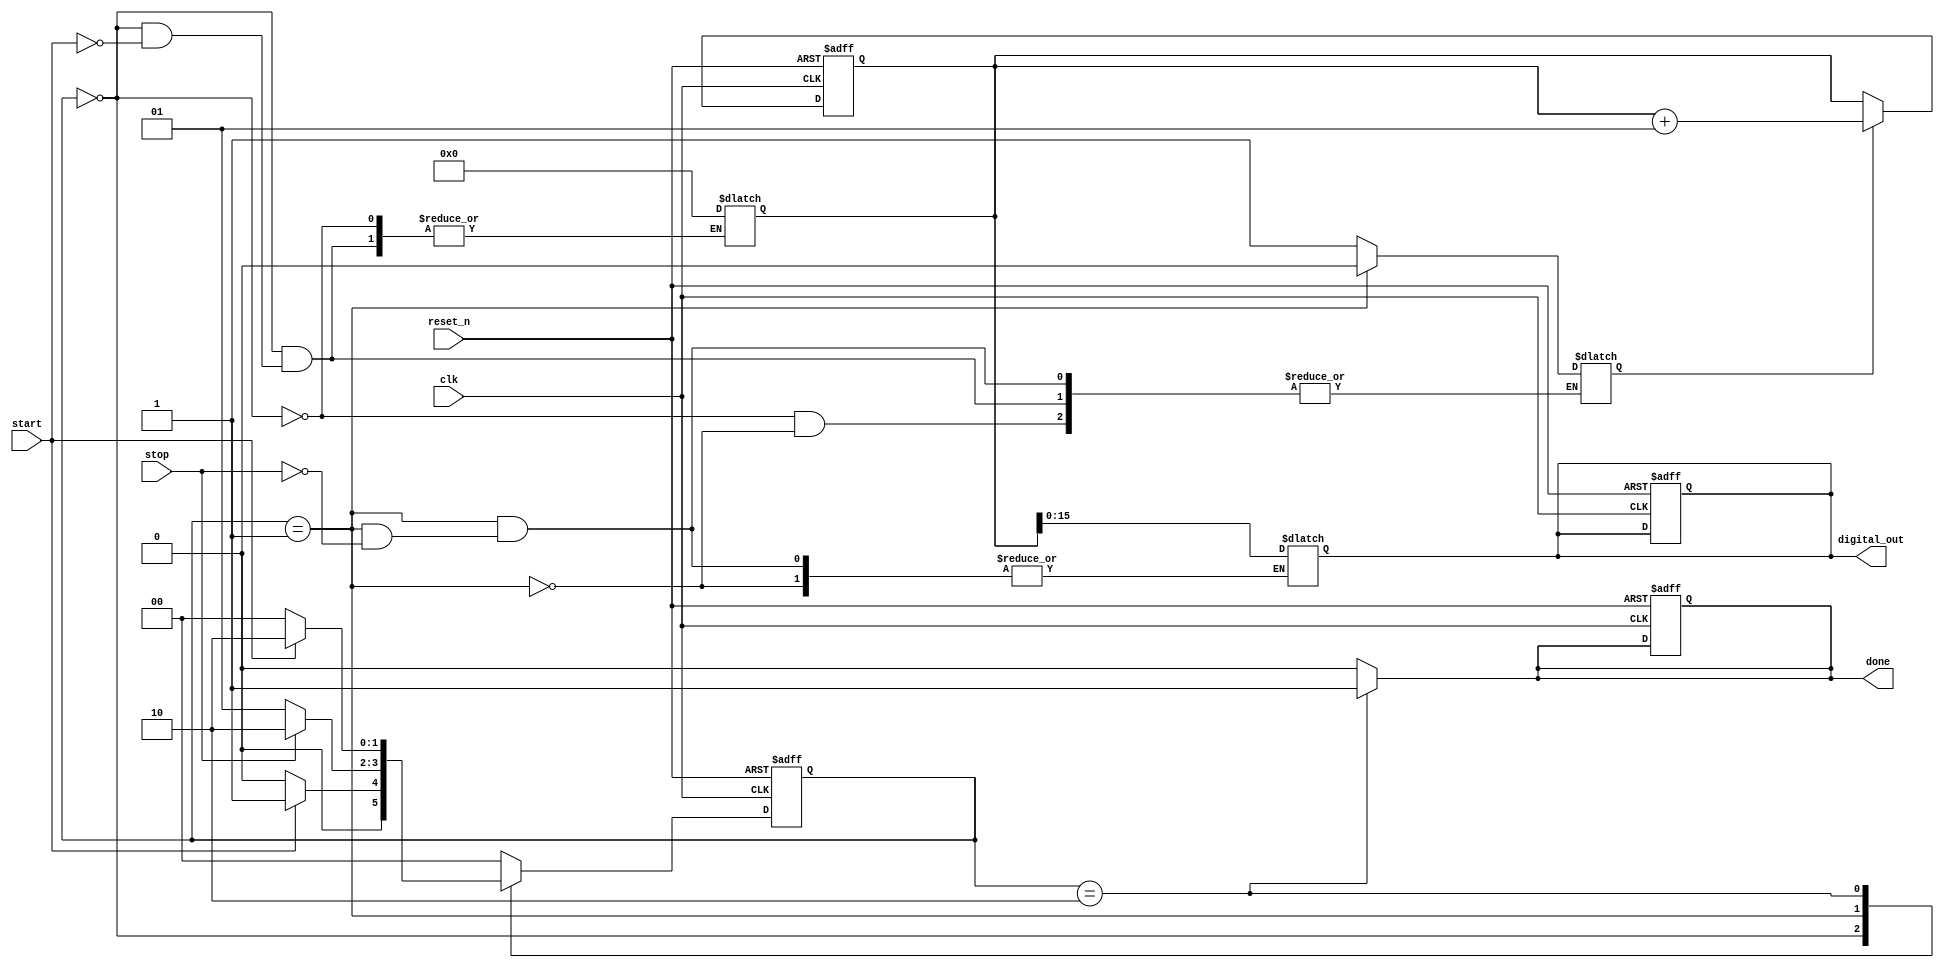
module TDC (
    input wire clk,                 // System clock
    input wire reset_n,             // Active-low reset
    input wire start,               // START signal
    input wire stop,                // STOP signal
    output reg [N-1:0] digital_out, // Digital output for measured time
    output reg done                 // Indicate completion of the measurement
);
    parameter N = 16;               // Bit width of the digital output
    integer ramp_value;             // Voltage ramp value
    integer ramp_step = 1;          // Ramping step (adjust as necessary)
    reg running;                    // Indicates if TDC is in running state

    // State Machine for TDC Operation
    localparam IDLE     = 2'b00;
    localparam RUNNING  = 2'b01;
    localparam DONE     = 2'b10;

    reg [1:0] state, next_state;

    // Ramp Voltage Update Process
    always @(posedge clk or negedge reset_n) begin
        if (!reset_n) begin
            ramp_value <= 0;
        end
        else if (running) begin
            ramp_value <= ramp_value + ramp_step; // Update ramp voltage
        end
    end

    // State Machine Logic
    always @(posedge clk or negedge reset_n) begin
        if (!reset_n) begin
            state <= IDLE;
            ranValue <= 0;
            done <= 0;
            digital_out <= 0;
        end
        else begin
            state <= next_state;
        end
    end

    always @* begin
        done = 0; // Default value
        case (state)
            IDLE: begin
                if (start) begin
                    next_state = RUNNING; // Transition to RUNNING on START signal
                    ramp_value = 0;       // Reset ramp value
                    running = 1;          // Start ramping
                end else begin
                    next_state = IDLE;
                end
            end
            RUNNING: begin
                if (stop) begin
                    next_state = DONE;   // Transition to DONE on STOP signal
                    digital_out = ramp_value; // Capture the ramp value as digital out
                    running = 0;          // Stop ramping
                end else begin
                    next_state = RUNNING;
                end
            end
            DONE: begin
                done = 1;                 // Indicate completion
                if (!start) begin          // Wait for a reset or new start
                    next_state = IDLE;      // Transition back to IDLE
                end else begin
                    next_state = DONE;
                end
            end
            default: next_state = IDLE; // Fallback to IDLE
        endcase
    end
endmodule